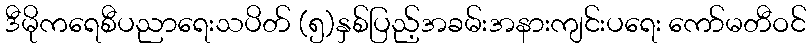
ဒီမိုကရေစီပညာရေးသပိတ် (၅)နှစ်ပြည့်အခမ်းအနားကျင်းပရေး ကော်မတီဝင်